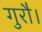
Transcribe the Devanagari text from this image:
गुरौ।